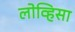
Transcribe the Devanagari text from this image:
लोव्हिसा